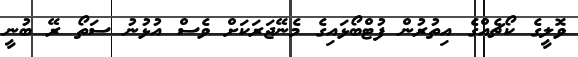
ވޮލީގެ ކޯޗެއްގެ އިތުރުން ފުޓްބޯޅައިގެ މެނޭޖަރަކަށް ވެސް އުޅުނު ސަތޯ ރޭ ބުނީ